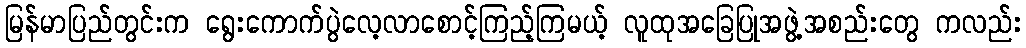
မြန်မာပြည်တွင်းက ရွေးကောက်ပွဲလေ့လာစောင့်ကြည့်ကြမယ့် လူထုအခြေပြုအဖွဲ့အစည်းတွေ ကလည်း